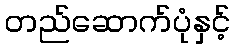
တည်ဆောက်ပုံနှင့်